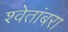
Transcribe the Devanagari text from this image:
श्वेतांबरा